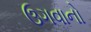
ઉગવાનો